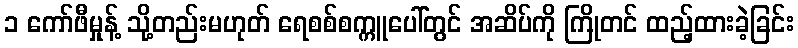
၁ ကော်ဖီမှုန့် သို့တည်းမဟုတ် ရေစစ်စက္ကူပေါ်တွင် အဆိပ်ကို ကြိုတင် ထည့်ထားခဲ့ခြင်း